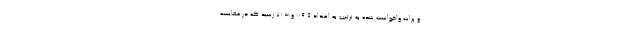
و برات واخواست شده به ترتیب به اعـداد ۱۰۹.۵ و ۷۱.۳ رسید که در مقایسـه